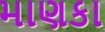
માણકા